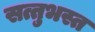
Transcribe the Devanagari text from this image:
सत्तुभस्त